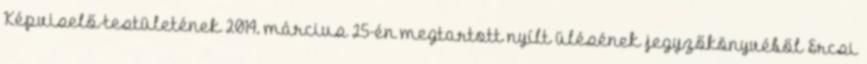
Képviselő-testületének 2014. március 25-én megtartott nyílt ülésének jegyzőkönyvéből Ercsi